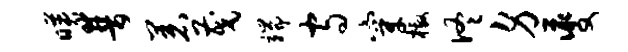
映普着茂端守穿檄佟身夔